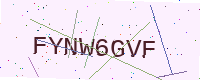
Text: FYNW6GVF